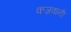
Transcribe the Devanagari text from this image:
कज़वानी